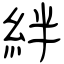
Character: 絆